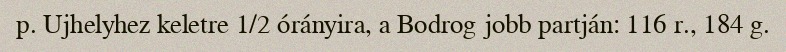
p. Ujhelyhez keletre 1/2 órányira, a Bodrog jobb partján: 116 r., 184 g.